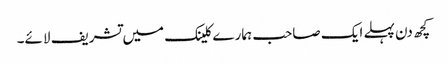
کچھ دن پہلے ایک صاحب ہمارے کلینک میں تشریف لائے۔